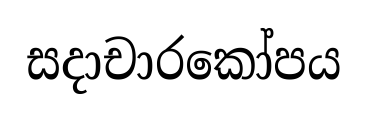
සදාචාරකෝපය